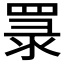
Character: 𦋏